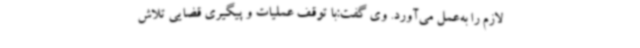
لازم را به‌عمل می‌آورد. وی گفت:با توقف عملیات و پیگیری قضایی تلاش